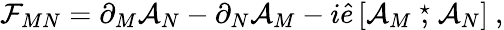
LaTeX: {\cal F}_{MN}=\partial_{M}{\cal A}_{N}-\partial_{N}{\cal A}_{M}-i\hat{e}\left[{\cal A}_{M}\stackrel{\star}{,}{\cal A}_{N}\right]\ ,